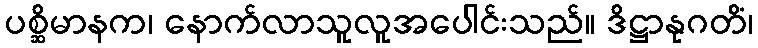
ပစ္ဆိမာနက၊ နောက်လာသူလူအပေါင်းသည်။ ဒိဋ္ဌာနုဂတိံ၊